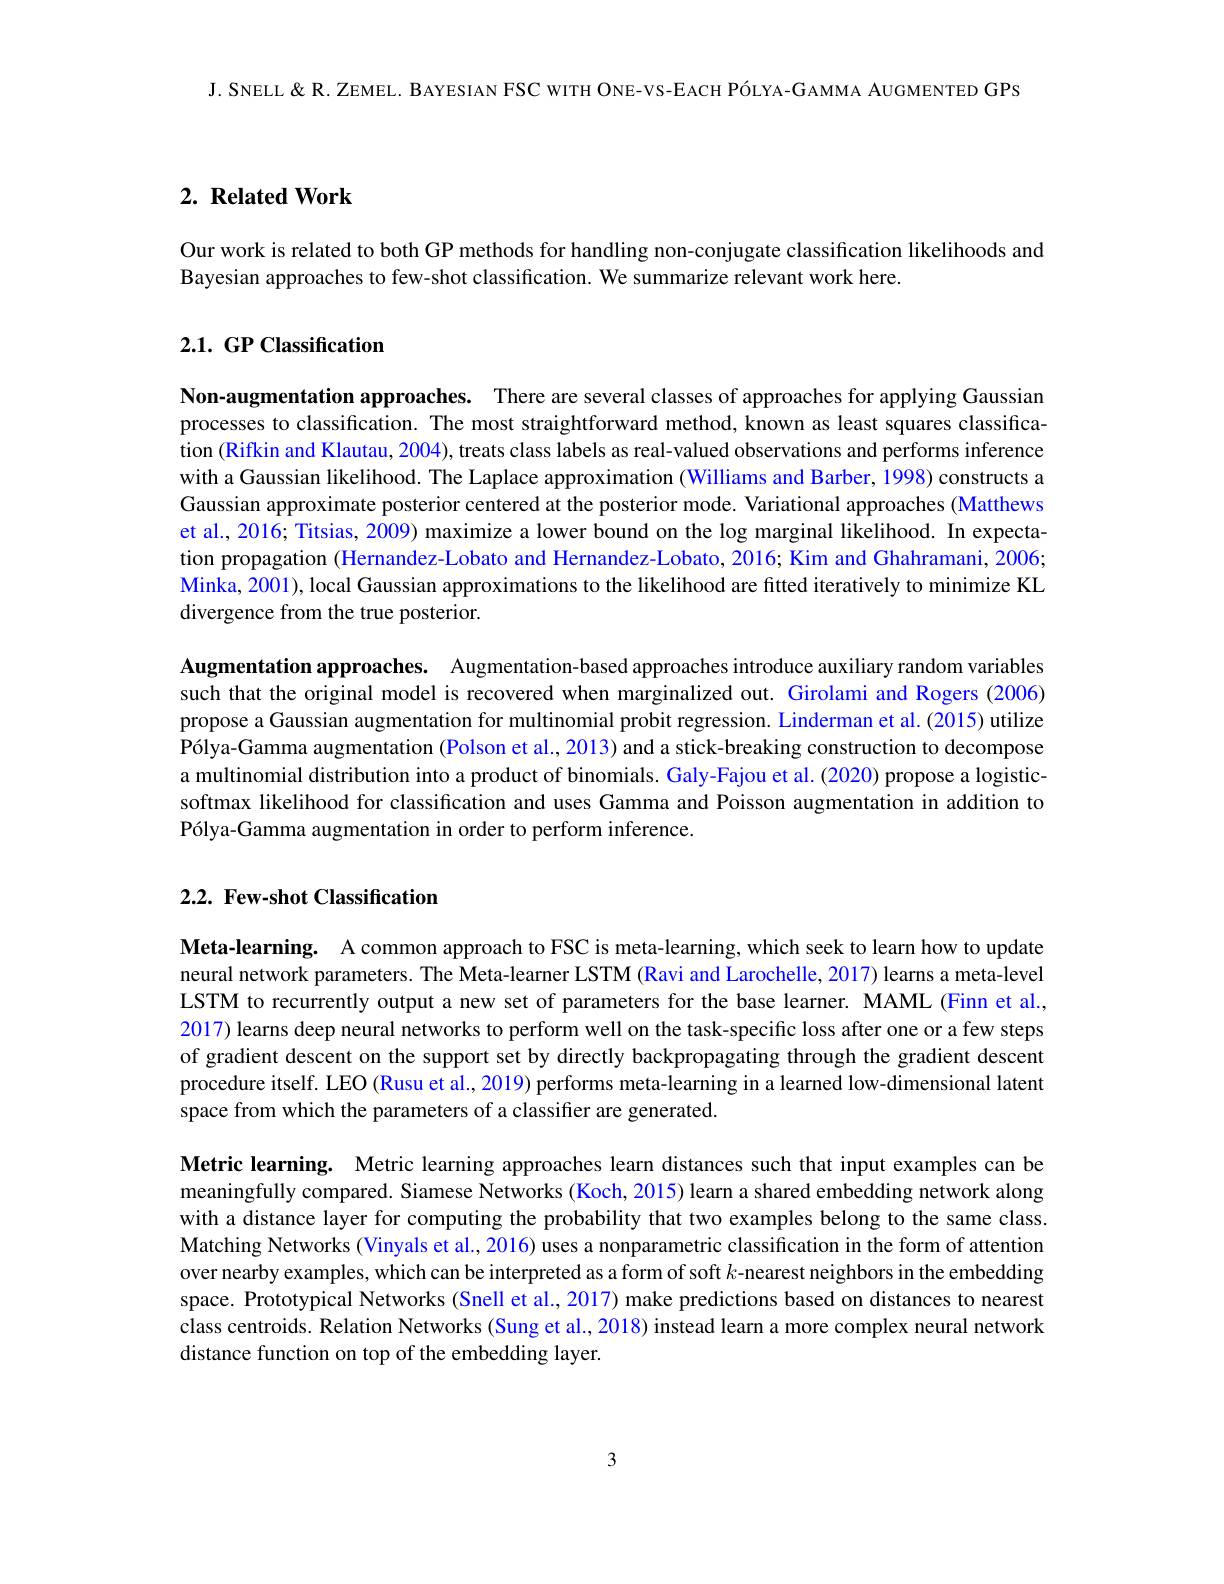
J. SNELL & R. ZEMEL. BAYESIAN FSC WITH ONE-VS-EACH PÓLYA-GAMMA AUGMENTED GPS

## $2. \textbf{ Related Work}$

Our work is related to both GP methods for handling non-conjugate classification likelihoods and
Bayesian approaches to few-shot classification. We summarize relevant work here.

# 2.1. GP Classification

Non-augmentation approaches. There are several classes of approaches for applying Gaussian processes to classification. The most straightforward method, known as least squares classification (Rifkin and Klautau, 2004), treats class labels as real-valued observations and performs inference with a Gaussian likelihood. The Laplace approximation (Williams and Barber, 1998) constructs a Gaussian approximate posterior centered at the posterior mode. Variational approaches (Matthews et al., 2016; Titsias, 2009) maximize a lower bound on the log marginal likelihood. In expectation propagation (Hernandez-Lobato and Hernandez-Lobato, 2016; Kim and Ghahramani, 2006; Minka, 2001), local Gaussian approximations to the likelihood are fitted iteratively to minimize KL divergence from the true posterior.

Augmentation approaches. Augmentation-based approaches introduce auxiliary random variables such that the original model is recovered when marginalized out. Girolami and Rogers (2006) propose a Gaussian augmentation for multinomial probit regression. Linderman et al. (2015) utilize Pólya-Gamma augmentation (Polson et al., 2013) and a stick-breaking construction to decompose a multinomial distribution into a product of binomials. Galy-Fajou et al. (2020) propose a logisticsoftmax likelihood for classification and uses Gamma and Poisson augmentation in addition to Pólya-Gamma augmentation in order to perform inference.

## $2. 2. \textbf{ Few- shot Classification}$

Meta-learning. A common approach to FSC is meta-learning, which seek to learn how to update neural network parameters. The Meta-learner LSTM (Ravi and Larochelle, 2017) learns a meta-level LSTM to recurrently output a new set of parameters for the base learner. MAML (Finn et al., 2017) learns deep neural networks to perform well on the task-specific loss after one or a few steps of gradient descent on the support set by directly backpropagating through the gradient descent procedure itself. LEO (Rusu et al., 2019) performs meta-learning in a learned low-dimensional latent space from which the parameters of a classifier are generated.

Metric learning. Metric learning approaches learn distances such that input examples can be meaningfully compared. Siamese Networks (Koch, 2015) learn a shared embedding network along with a distance layer for computing the probability that two examples belong to the same class. Matching Networks (Vinyals et al., 2016) uses a nonparametric classification in the form of attention over nearby examples, which can be interpreted as a form of soft $k$-nearest neighbors in the embedding space. Prototypical Networks (Snell et al., 2017) make predictions based on distances to nearest class centroids. Relation Networks (Sung et al., 2018) instead learn a more complex neural network distance function on top of the embedding layer.

3